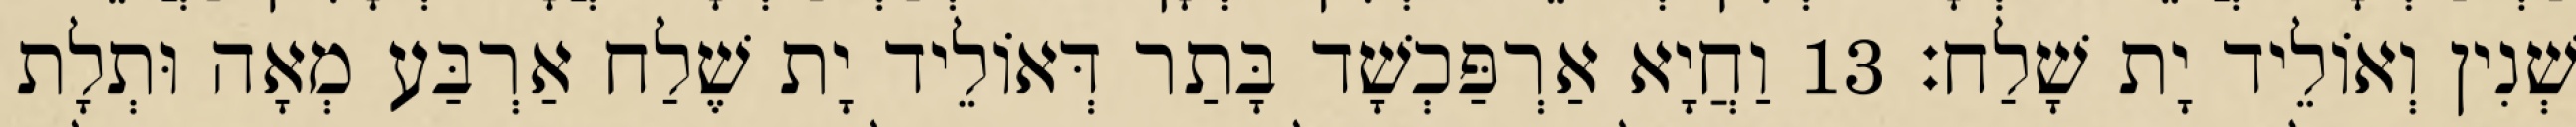
שְׁנִין וְאוֹלֵיד יָת שָׁלַח׃ 13 וַחֲיָא אַרְפַּכְשָׁד בָּתַר דְּאוֹלֵיד יָת שֶׁלַח אַרְבַּע מְאָה וּתְלָת